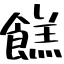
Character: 餻